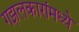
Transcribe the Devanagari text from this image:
गझलकारांमध्ये